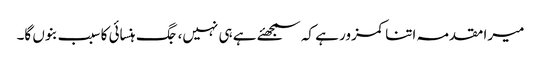
میرا مقدمہ اتنا کمزور ہے کہ سمجھئے ہے ہی نہیں، جگ ہنسائی کا سبب بنوں گا۔